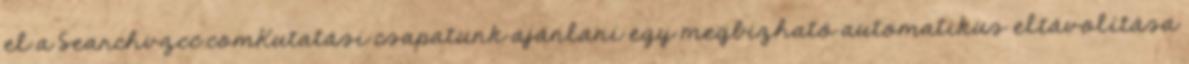
el a Searchvzcc.comKutatási csapatunk ajánlani egy megbízható automatikus eltávolítása